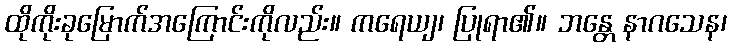
ထိုကိုးခုမြောက်အကြောင်းကိုလည်း။ ကရေယျ၊ ပြုရာ၏။ ဘန္တေ နာဂသေန၊